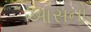
આસનો